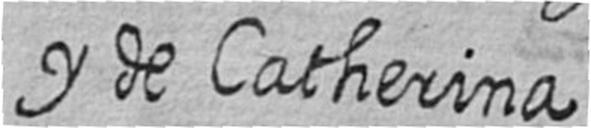
y de Catherina